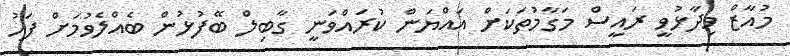
މުއާޒް ވިދާޅުވީ ރައީސް މަގާމުތަކަށް އައްޔަން ކުރައްވަނީ ގާބިލް ބޭފުޅުން ބެއްލެވުމަށް ފަހު